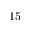
1 5